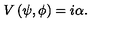
V \left( \psi , \phi \right) = i \alpha .